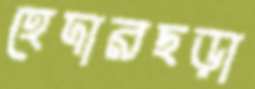
হেদারছড়া